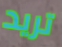
تريد